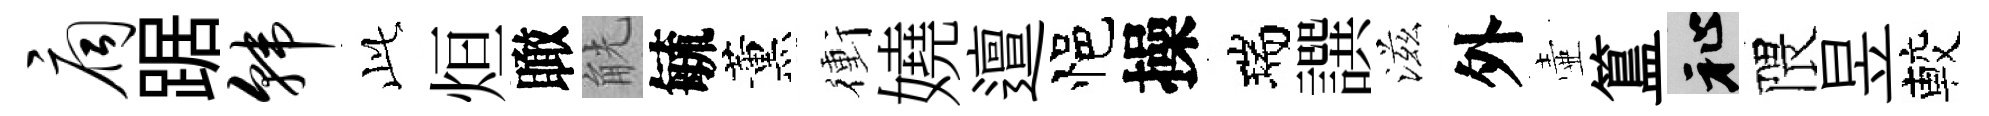
扃踞韩𬼘烜瞰觥毓薰衝嬈邅悒操瑞譔滋外壷簋祉隈昱較